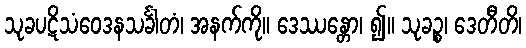
သုခပဋိသံဝေဒနသင်္ခါတံ၊ အနက်ကို။ ဒေဿန္တော၊ ၍။ သုခဉ္စ၊ ဒေတီတိ၊